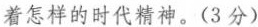
着怎样的时代精神。(3分)